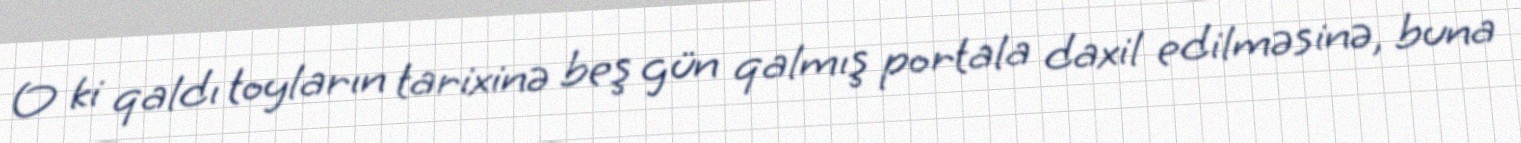
O ki qaldı toyların tarixinə beş gün qalmış portala daxil edilməsinə, buna